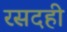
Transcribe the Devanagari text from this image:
रसदही